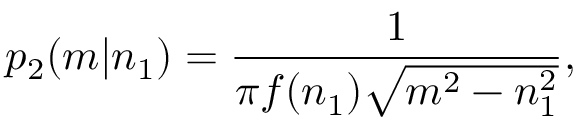
p _ { 2 } ( m | n _ { 1 } ) = \frac { 1 } { \pi f ( n _ { 1 } ) \sqrt { m ^ { 2 } - n _ { 1 } ^ { 2 } } } ,